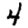
Digit: 4